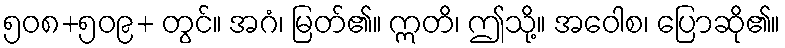
၅၀၈+၅၀၉+ တွင်။ အဂံ၊ မြတ်၏။ ဣတိ၊ ဤသို့။ အဝေါစ၊ ပြောဆို၏။